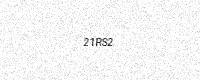
Text: 21RS2